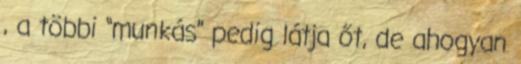
, a többi “munkás” pedig látja őt, de ahogyan